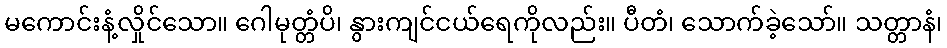
မကောင်းနံ့လှိုင်သော။ ဂေါမုတ္တံပိ၊ နွားကျင်ငယ်ရေကိုလည်း။ ပီတံ၊ သောက်ခဲ့သော်။ သတ္တာနံ၊